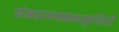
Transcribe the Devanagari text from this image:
संग्रहालयकलाकृतियों